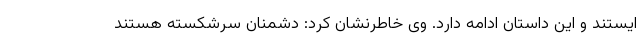
ایستند و این داستان ادامه دارد. وی خاطرنشان کرد: دشمنان سرشکسته هستند